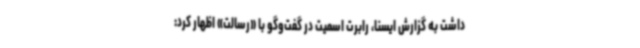
داشت به گزارش ایسنا، رابرت اسمیت در گفت‌وگو با «رسالت» اظهار کرد: